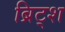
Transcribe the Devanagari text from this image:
ब्रिट्श